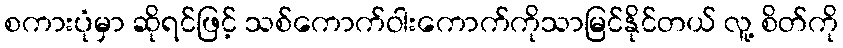
စကားပုံမှာ ဆိုရင်ဖြင့် သစ်ကောက်ဝါးကောက်ကိုသာမြင်နိုင်တယ် လူ့ စိတ်ကို